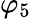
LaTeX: \varphi_{5}